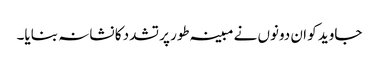
جاوید کو ان دونوں نے مبینہ طور پر تشدد کا نشانہ بنایا۔